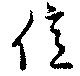
億